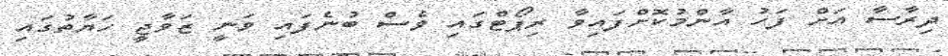
ދިރާސާ އަށް ފަހު އާންމުކޮށްފައިވާ ރިޕޯޓްގައި ވެސް ބުނެފައި ވަނީ ޒަވާޖީ ހަޔާތުގައި